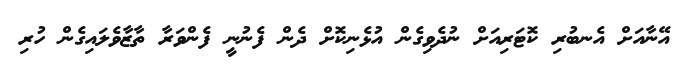
އޭނާއަށް އެނބުރި ކޮޓަރިއަށް ނުދެވިގެން އުޅެނިކޮށް ދެން ފެނުނީ ފެންވަރާ ތާޒާވެލައިގެން ހުރި